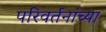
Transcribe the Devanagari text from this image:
परिवर्तनांच्या